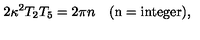
2 \kappa ^ { 2 } T _ { 2 } T _ { 5 } = 2 \pi n \quad ( \mathrm { n = i n t e g e r } ) ,